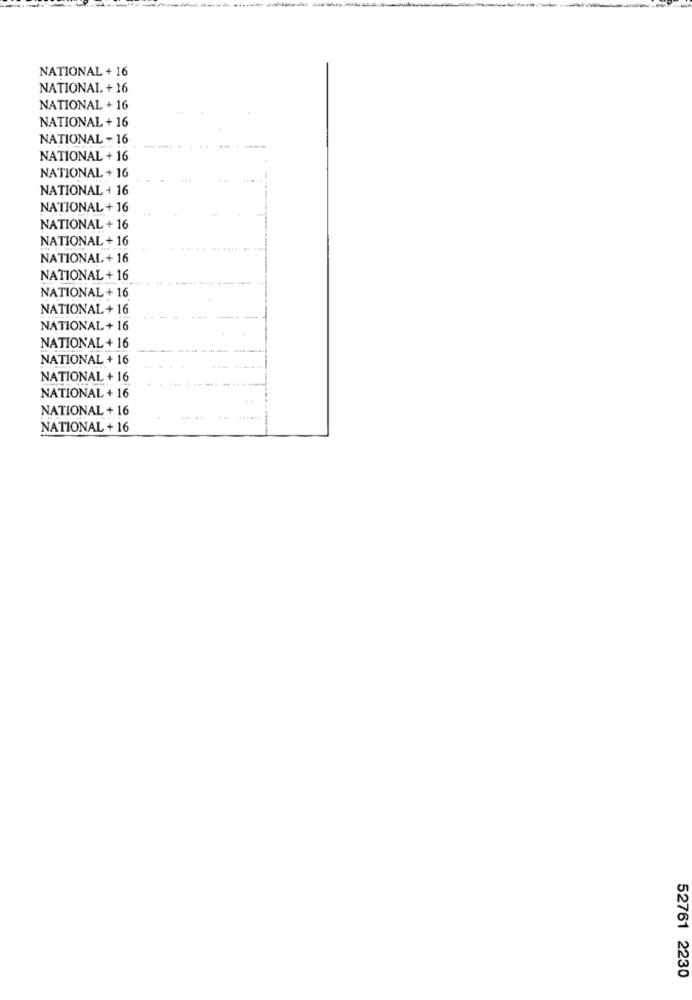
NATIONAL + 16
NATIONAL + 16
NATIONAL + 16
NATIONAL + 16
NATIONAL - 16
NATIONAL + 16
NATIONAL + 16
NATIONAL + 16
NATIONAL + 16
NATIONAL + 16
NATIONAL + 16
NATIONAL+ 16
NATIONAL + 16
NATIONAL + 16
NATIONAL + 16
NATIONAL + 16
NATIONAL + 16
NATIONAL + 16
NATIONAL + 16
NATIONAL + 16
NATIONAL + 16
NATIONAL + 16
52761 2230